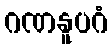
ဂဏနူပဂံ